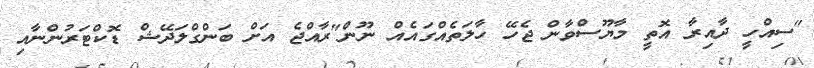
"ސިއްހީ ދާއިރާ އޮތީ މާޔޫސްވާން ޖެހޭ ހާލަތެއްގައެއް ނޫން"ރާއްޖެ އަށް ބަންގްލަދޭޝް ޑޮކްޓަރުންނާއި